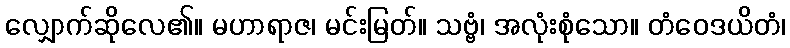
လျှောက်ဆိုလေ၏။ မဟာရာဇ၊ မင်းမြတ်။ သဗ္ဗံ၊ အလုံးစုံသော။ တံဝေဒယိတံ၊